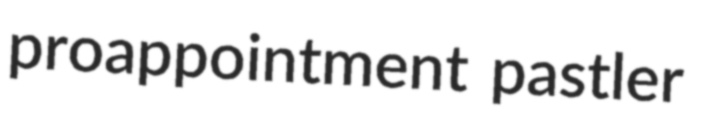
proappointment pastler